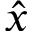
\hat { x }